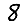
Digit: 8